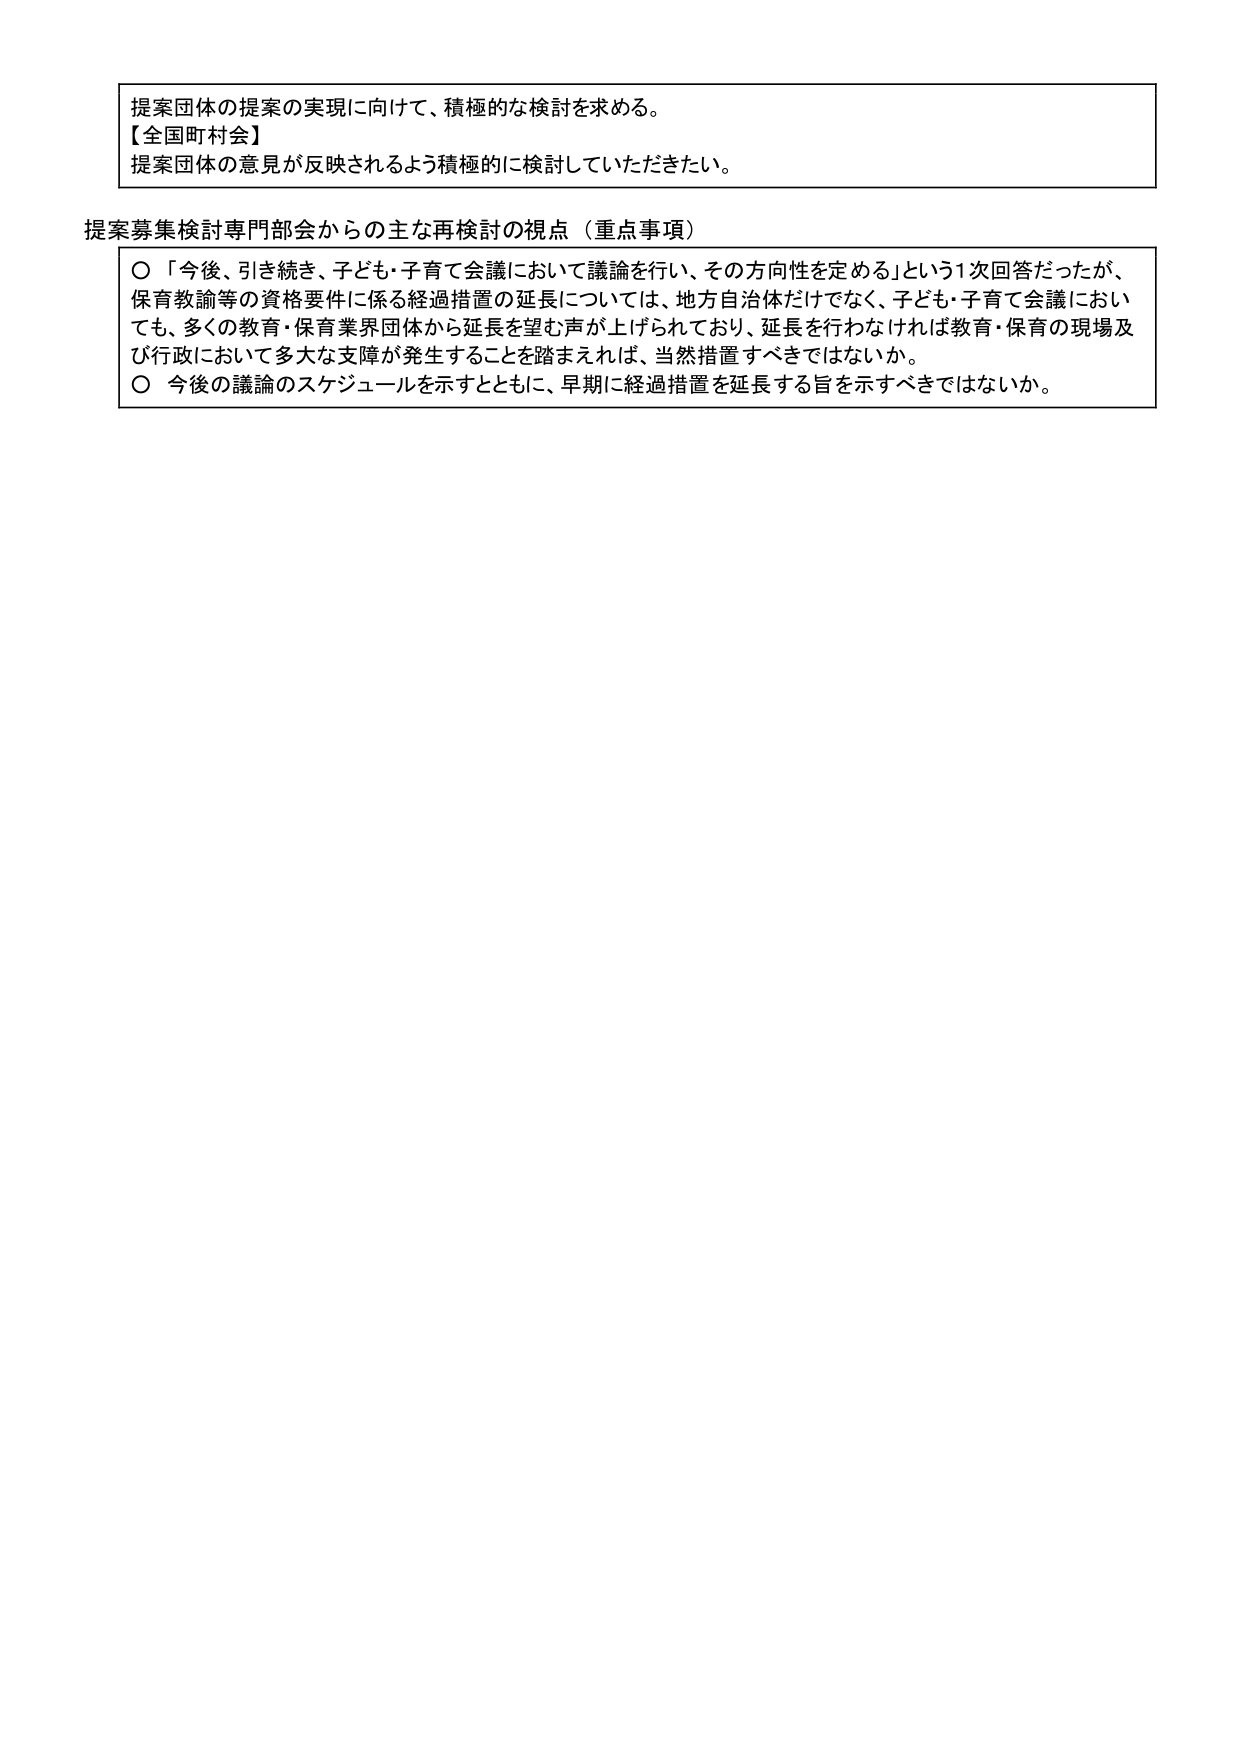
提案団体の提案の実現に向けて、積極的な検討を求める。
【全国町村会】
提案団体の意見が反映されるよう積極的に検討していただきたい。

提案募集検討専門部会からの主な再検討の視点（重点事項）
○ 「今後、引き続き、子ども・子育て会議において議論を行い、その方向性を定める」という1次回答だったが、
保育教諭等の資格要件に係る経過措置の延長については、地方自治体だけでなく、子ども・子育て会議においても、多くの教育・保育業界団体から延長を望む声が上げられており、延長を行わなければ教育・保育の現場及び行政において多大な支障が発生することを踏まえれば、当然措置すべきではないか。
○ 今後の議論のスケジュールを示すとともに、早期に経過措置を延長する旨を示すべきではないか。